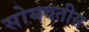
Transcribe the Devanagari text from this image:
सोमवतीस